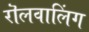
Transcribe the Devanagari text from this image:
रॊलवालिंग